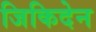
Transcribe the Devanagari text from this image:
जिकिदेन